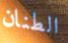
الطنان